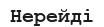
Нерейді